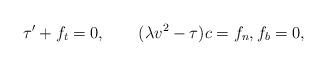
LaTeX: \begin{align*}\tau'+f_t=0,\qquad(\lambda v^2-\tau)c=f_n,f_b=0,\end{align*}